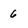
Character: 6